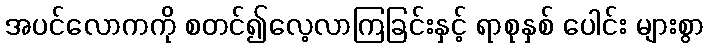
အပင်လောကကို စတင်၍လေ့လာကြခြင်းနှင့် ရာစုနှစ် ပေါင်း များစွာ